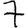
Digit: 7